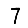
Digit: 7